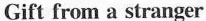
Gift from a stranger